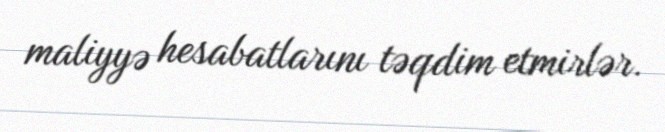
maliyyə hesabatlarını təqdim etmirlər.